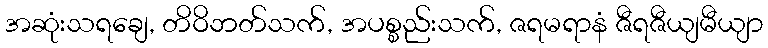
အဆုံးသရချေ, တိဝိဘတ်သက်, အပစ္စည်းသက်, ဇရမရာနံ ဇီရဇီယျမီယျာ